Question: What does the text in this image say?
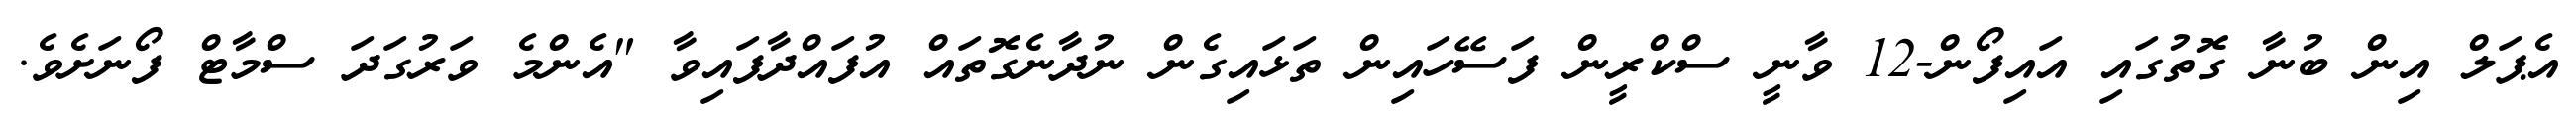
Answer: އެޕަލް އިން ބުނާ ގޮތުގައި އައިފޯން-12 ވާނީ ސްކްރީން ފަސޭހައިން ތަޅައިގެން ނުދާނެގޮތައް އުފައްދާފައިވާ "އެންމެ ވަރުގަދަ ސްމާޓް ފޯނަށެވެ.